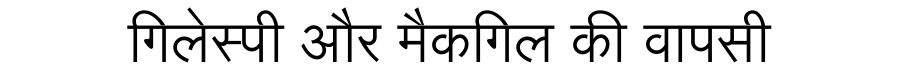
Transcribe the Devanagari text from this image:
गिलेस्पी और मैकगिल की वापसी